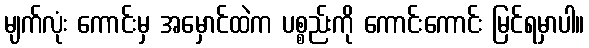
မျက်လုံး ကောင်းမှ အမှောင်ထဲက ပစ္စည်းကို ကောင်းကောင်း မြင်ရမှာပါ။